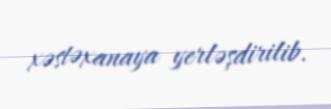
xəstəxanaya yerləşdirilib.